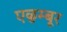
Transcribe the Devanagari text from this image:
एळुम्बूर